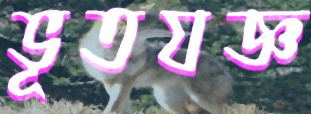
ভূতযজ্ঞ